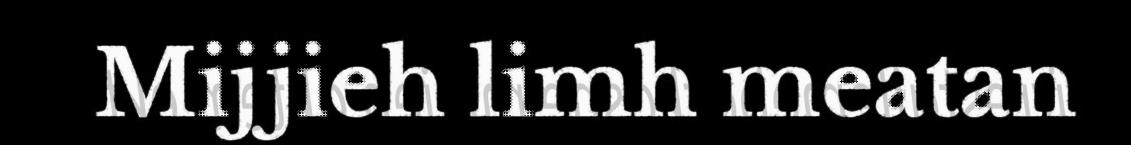
Mijjieh limh meatan